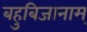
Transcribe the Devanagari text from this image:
बहुबिजानाम्